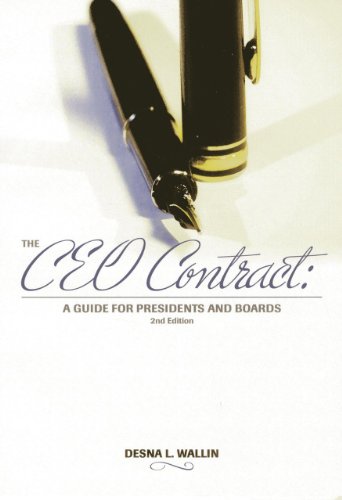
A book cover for The CEO Contract: A Guide for Presidents and Boards; Desna L. Wallin; Education & Teaching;